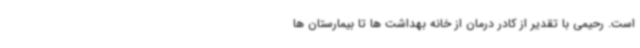
است. رحیمی با تقدیر از کادر درمان از خانه بهداشت ها تا بیمارستان ها